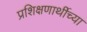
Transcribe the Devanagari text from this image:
प्रशिक्षणार्थीच्या